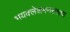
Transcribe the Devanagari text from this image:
भयक्लेशमनस्तापा